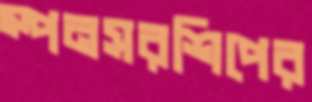
স্পনসরশিপের